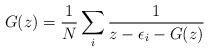
LaTeX: \begin{align*}G(z) = {1\over N} \sum_i {1\over z-\epsilon_i - G(z)}\end{align*}